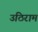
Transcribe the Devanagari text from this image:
उठिराम